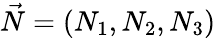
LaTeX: \vec{N}=(N_{1},N_{2},N_{3})